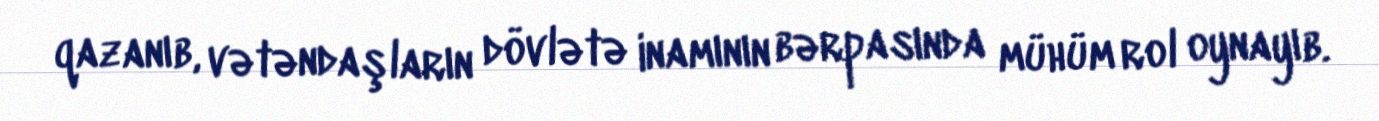
qazanıb, vətəndaşların dövlətə inamının bərpasında mühüm rol oynayıb.